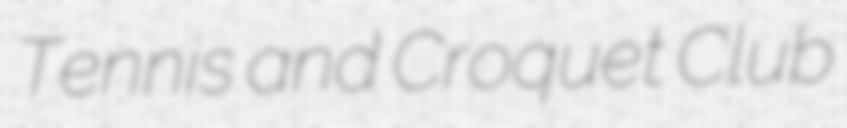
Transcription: Tennis and Croquet Club